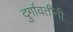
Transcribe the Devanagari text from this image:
दुर्गावतींनी